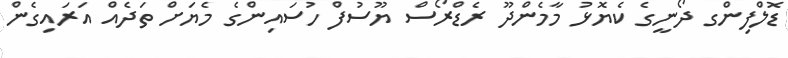
ޑޮލްފިންގ ދޯނީގެ ކެޔޮޅު މާމެންދޫ ރެޑްރޯސް ޔޫސުފް ހުސައިންގެ މެޔަށް ތަދެއް އަރައިގެން